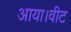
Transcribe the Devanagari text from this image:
आया।वीट